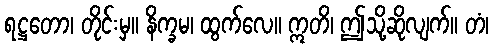
ရဋ္ဌတော၊ တိုင်းမှ။ နိက္ခမ၊ ထွက်လေ။ ဣတိ၊ ဤသို့ဆိုလျက်။ တံ၊